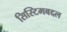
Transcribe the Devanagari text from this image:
सिस्टिमबद्दल